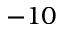
- 1 0